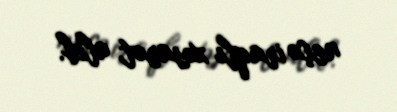
neçə iraqlı xəsarət alıb.